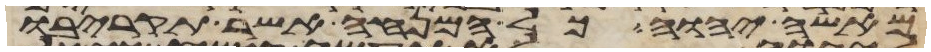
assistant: מאשי יהוה כל המנחה אשר תקריבו